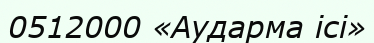
0512000 «Аударма ісі»